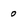
Character: 0